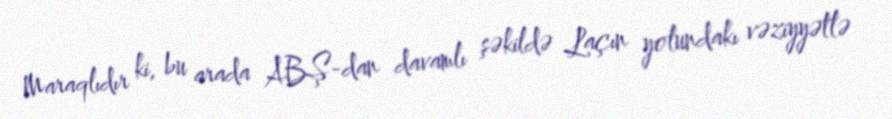
Maraqlıdır ki, bu arada ABŞ-dan davamlı şəkildə Laçın yolundakı vəziyyətlə